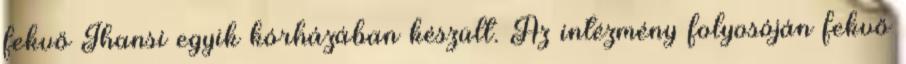
fekvő Jhansi egyik kórházában készült. Az intézmény folyosóján fekvő